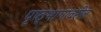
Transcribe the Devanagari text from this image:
पृष्ठ्भागावरील